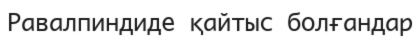
Равалпиндиде қайтыс болғандар